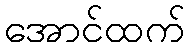
အောင်ထက်